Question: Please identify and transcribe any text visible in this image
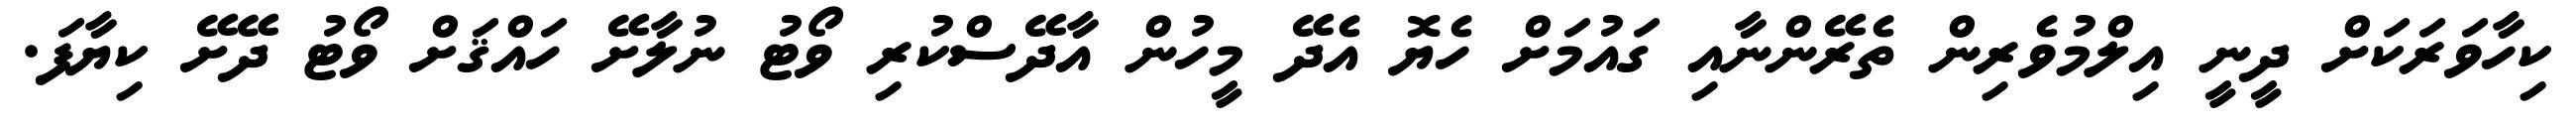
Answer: ކިހާވަރަކަށް ދީނީ އިލްމުވެރިން ތެރޭންނާއި ގައުމަށް ހެޔޮ އެދޭ މީހުން އާދޭސްކުރި ވޯޓު ނުލާށޭ ހައްޤަށް ވޯޓު ދޭށޭ ކިޔާފަ.